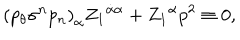
{ ( p _ { \theta } \sigma ^ { n } p _ { n } ) } _ { \dot { \alpha } } { Z _ { 1 } } ^ { \dot { \alpha } \alpha } + { Z _ { 1 } } ^ { \alpha } p ^ { 2 } \equiv 0 ,